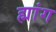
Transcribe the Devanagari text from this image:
ह्मांग